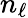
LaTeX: n_{\ell}